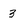
Character: 3